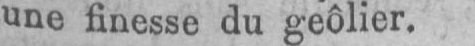
une finesse du geôlier.